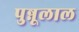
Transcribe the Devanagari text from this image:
पुन्नूलाल